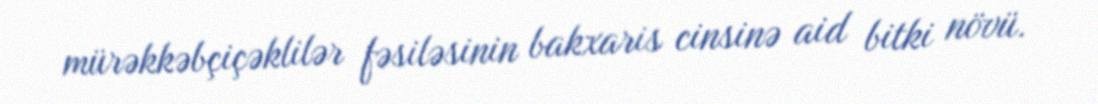
mürəkkəbçiçəklilər fəsiləsinin bakxaris cinsinə aid bitki növü.